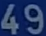
49